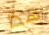
هذا